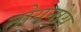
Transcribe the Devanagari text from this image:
नोयनोय